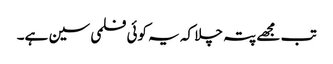
تب مجھے پتہ چلا کہ یہ کوئی فلمی سین ہے۔